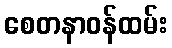
စေတနာဝန်ထမ်း